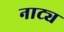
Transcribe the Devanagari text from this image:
नाट्य